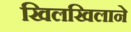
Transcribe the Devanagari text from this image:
खिलखिलाने